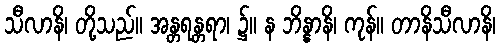
သီလာနိ၊ တို့သည်။ အန္တရန္တရာ၊ ၌။ န ဘိန္နာနိ၊ ကုန်။ တာနိသီလာနိ၊